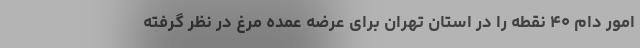
امور دام ۴۰ نقطه را در استان تهران برای عرضه عمده مرغ در نظر گرفته